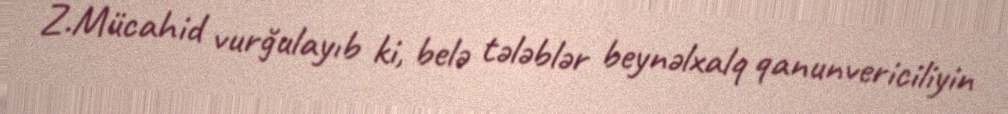
Z.Mücahid vurğulayıb ki, belə tələblər beynəlxalq qanunvericiliyin